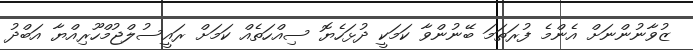
ޒުވާނުންނަށް އެންމެ ފުރަތަމަ ބޭނުންވާ ކަމަކީ ދުޅަހެޔޮ ސިއްހަތެއް ކަމަށް ރައީސުލްޖުމްހޫރިއްޔާ އަބްދު